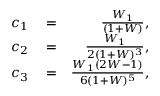
\begin{array} { r l r } { c _ { 1 } } & { { } = } & { \frac { W _ { 1 } } { ( 1 + W ) } , } \\ { c _ { 2 } } & { { } = } & { \frac { W _ { 1 } } { 2 ( 1 + W ) ^ { 3 } } , } \\ { c _ { 3 } } & { { } = } & { \frac { W _ { 1 } ( 2 W - 1 ) } { 6 ( 1 + W ) ^ { 5 } } , } \end{array}